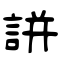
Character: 誁